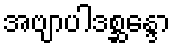
အဗျာပါဒစ္ဆန္ဒော